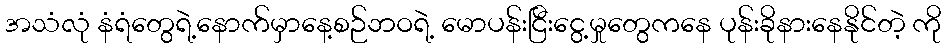
အသံလုံ နံရံတွေရဲ့နောက်မှာနေ့စဉ်ဘဝရဲ့ မောပန်းငြီးငွေ့မှုတွေကနေ ပုန်းခိုနားနေနိုင်တဲ့ ကို